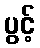
ပွင့်